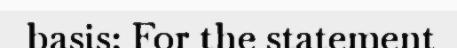
basis: For the statement